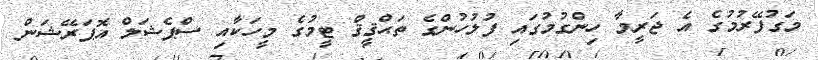
މަގުފޭރުމުގެ އެ ޖަރީމާ ހިންގުމުގައި ފުލުހުންގެ ތަޙްޤީޤް ޓީމުގެ މީހަކާއި ސްޕެޝަލް އޮޕަރޭޝަން